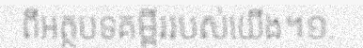
ពីអត្ថបទគម្ពីររបស់យើង។១.